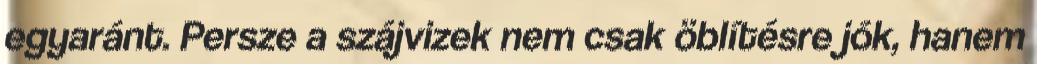
egyaránt. Persze a szájvizek nem csak öblítésre jók, hanem